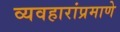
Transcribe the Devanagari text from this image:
व्यवहारांप्रमाणे